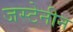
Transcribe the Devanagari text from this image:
जस्टेनीन